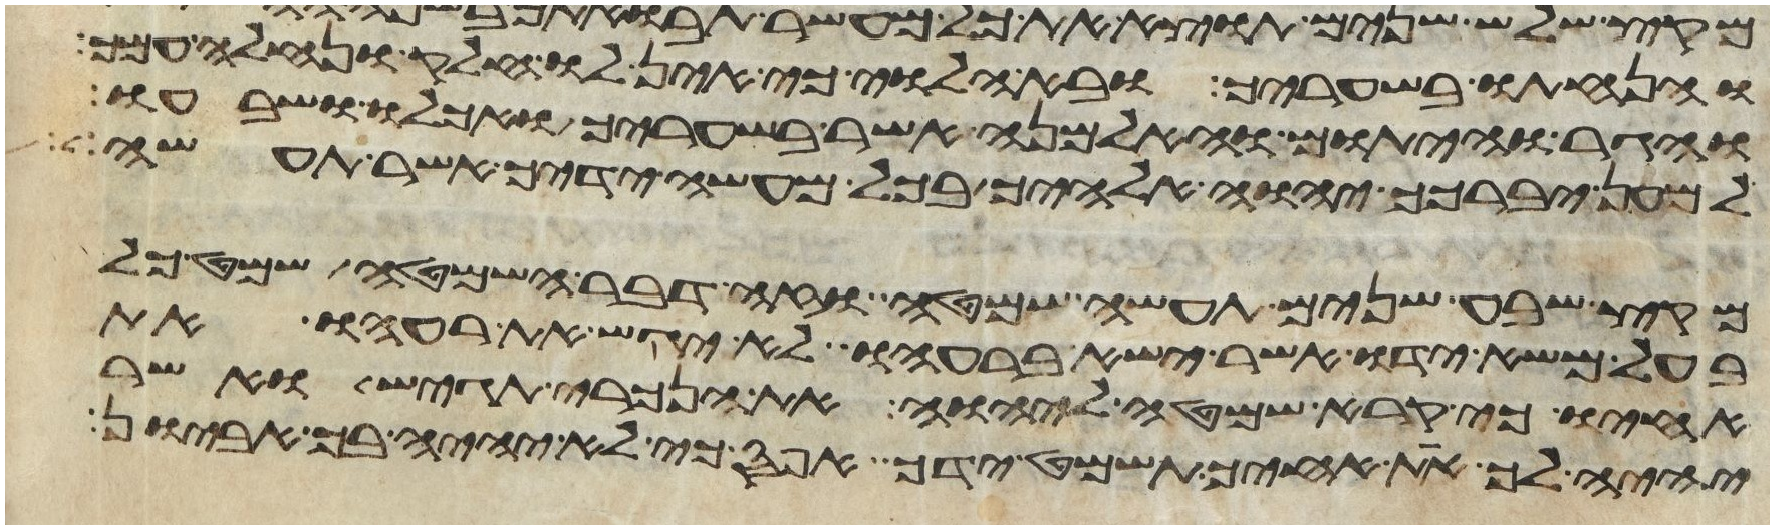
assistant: והנחתו בשעריך ובא הלוי כי אין לו חלק ונחלה עמך
והגר והיתום והאלמנה אשר בשעריך ואכלו ושבעו
למען יברכך יהוה אלהיך בכל מעשה ידיך אשר תעשה
מקץ שבע שנים תעשה שמטה וזה דבר השמטה שמט כל
בעל משא ידו אשר ישא ברעהו לא יגש את רעהו את
אחיו כי קרא שמטה ליהוה את הנכרי תגש ואשר
יהיה לך את אחיך תשמט ידך אפס כי לא יהיה בך אביון